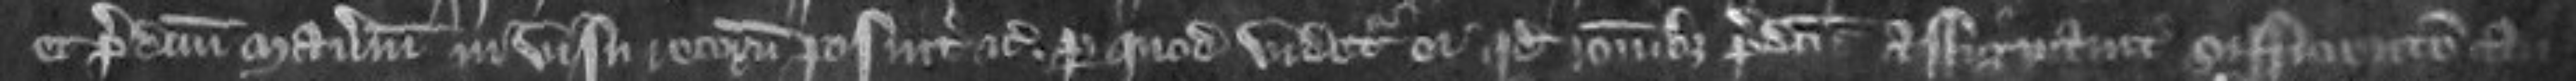
et predictum manerium in visu posuit etc per quod videtur ei quod rationibus predictis assignavit sufficientem cau